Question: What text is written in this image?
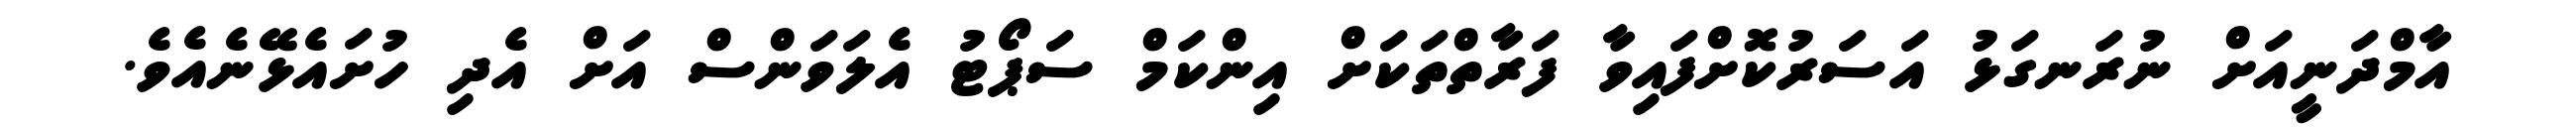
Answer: އާމްދަނީއަށް ނުރަނގަޅު އަސަރުކޮށްފައިވާ ފަރާތްތަކަށް އިންކަމް ސަޕޯޓު އެލަވަންސް އަށް އެދި ހުށައެޅޭނެއެވެ.